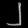
Digit: ၂